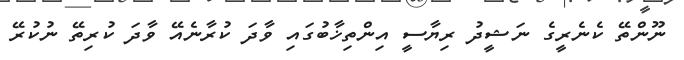
ނޫންތޭ ކެނެރީގެ ނަޝީދު ރިޔާސީ އިންތިޚާބުގައި ވާދަ ކުރާނެއޭ ވާދަ ކުރިތޭ ނުކުރޭ